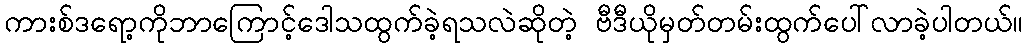
ကားစ်ဒရော့ကိုဘာကြောင့်ဒေါသထွက်ခဲ့ရသလဲဆိုတဲ့ ဗီဒီယိုမှတ်တမ်းထွက်ပေါ်လာခဲ့ပါတယ်။